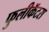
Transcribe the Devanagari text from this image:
फुलीकॅटस